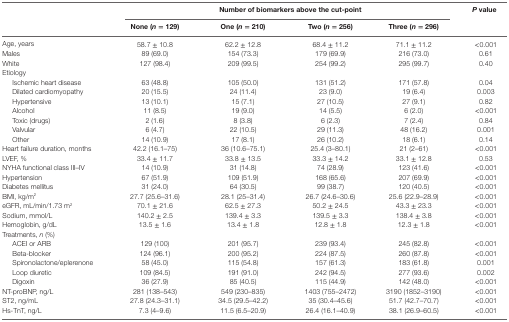
<table><thead><tr><td rowspan="2"></td><td colspan="4"><b>Number of biomarkers above the cut-point</b></td><td rowspan="2"><b><i>P</i> value</b></td></tr><tr><td><b>None (<i>n</i> = 129)</b></td><td><b>One (<i>n</i> = 210)</b></td><td><b>Two (<i>n</i> = 256)</b></td><td><b>Three (<i>n</i> = 296)</b></td></tr></thead><tbody><tr><td>Age, years</td><td>58.7 ± 10.8</td><td>62.2 ± 12.8</td><td>68.4 ± 11.2</td><td>71.1 ± 11.2</td><td>&lt;0.001</td></tr><tr><td>Males</td><td>89 (69.0)</td><td>154 (73.3)</td><td>179 (69.9)</td><td>216 (73.0)</td><td>0.61</td></tr><tr><td>White</td><td>127 (98.4)</td><td>209 (99.5)</td><td>254 (99.2)</td><td>295 (99.7)</td><td>0.40</td></tr><tr><td colspan="6">Etiology</td></tr><tr><td> Ischemic heart disease</td><td>63 (48.8)</td><td>105 (50.0)</td><td>131 (51.2)</td><td>171 (57.8)</td><td>0.04</td></tr><tr><td> Dilated cardiomyopathy</td><td>20 (15.5)</td><td>24 (11.4)</td><td>23 (9.0)</td><td>19 (6.4)</td><td>0.003</td></tr><tr><td> Hypertensive</td><td>13 (10.1)</td><td>15 (7.1)</td><td>27 (10.5)</td><td>27 (9.1)</td><td>0.82</td></tr><tr><td> Alcohol</td><td>11 (8.5)</td><td>19 (9.0)</td><td>14 (5.5)</td><td>6 (2.0)</td><td>&lt;0.001</td></tr><tr><td> Toxic (drugs)</td><td>2 (1.6)</td><td>8 (3.8)</td><td>6 (2.3)</td><td>7 (2.4)</td><td>0.84</td></tr><tr><td> Valvular</td><td>6 (4.7)</td><td>22 (10.5)</td><td>29 (11.3)</td><td>48 (16.2)</td><td>0.001</td></tr><tr><td> Other</td><td>14 (10.9)</td><td>17 (8.1)</td><td>26 (10.2)</td><td>18 (6.1)</td><td>0.14</td></tr><tr><td>Heart failure duration, months</td><td>42.2 (16.1–75)</td><td>36 (10.6–75.1)</td><td>25.4 (3–80.1)</td><td>21 (2–61)</td><td>&lt;0.001</td></tr><tr><td>LVEF, %</td><td>33.4 ± 11.7</td><td>33.8 ± 13.5</td><td>33.3 ± 14.2</td><td>33.1 ± 12.8</td><td>0.53</td></tr><tr><td>NYHA functional class III–IV</td><td>14 (10.9)</td><td>31 (14.8)</td><td>74 (28.9)</td><td>123 (41.6)</td><td>&lt;0.001</td></tr><tr><td>Hypertension</td><td>67 (51.9)</td><td>109 (51.9)</td><td>168 (65.6)</td><td>207 (69.9)</td><td>&lt;0.001</td></tr><tr><td>Diabetes mellitus</td><td>31 (24.0)</td><td>64 (30.5)</td><td>99 (38.7)</td><td>120 (40.5)</td><td>&lt;0.001</td></tr><tr><td>BMI, kg/m<sup>2</sup></td><td>27.7 (25.6–31.6)</td><td>28.1 (25–31.4)</td><td>26.7 (24.6–30.6)</td><td>25.6 (22.9–28.9)</td><td>&lt;0.001</td></tr><tr><td>eGFR, mL/min/1.73 m<sup>2</sup></td><td>70.1 ± 21.6</td><td>62.5 ± 27.3</td><td>50.2 ± 24.5</td><td>43.3 ± 23.3</td><td>&lt;0.001</td></tr><tr><td>Sodium, mmol/L</td><td>140.2 ± 2.5</td><td>139.4 ± 3.3</td><td>139.5 ± 3.3</td><td>138.4 ± 3.8</td><td>&lt;0.001</td></tr><tr><td>Hemoglobin, g/dL</td><td>13.5 ± 1.6</td><td>13.4 ± 1.8</td><td>12.8 ± 1.8</td><td>12.3 ± 1.8</td><td>&lt;0.001</td></tr><tr><td colspan="6">Treatments, <i>n</i> (%)</td></tr><tr><td> ACEI or ARB</td><td>129 (100)</td><td>201 (95.7)</td><td>239 (93.4)</td><td>245 (82.8)</td><td>&lt;0.001</td></tr><tr><td> Beta-blocker</td><td>124 (96.1)</td><td>200 (95.2)</td><td>224 (87.5)</td><td>260 (87.8)</td><td>&lt;0.001</td></tr><tr><td> Spironolactone/eplerenone</td><td>58 (45.0)</td><td>115 (54.8)</td><td>157 (61.3)</td><td>183 (61.8)</td><td>0.001</td></tr><tr><td> Loop diuretic</td><td>109 (84.5)</td><td>191 (91.0)</td><td>242 (94.5)</td><td>277 (93.6)</td><td>0.002</td></tr><tr><td> Digoxin</td><td>36 (27.9)</td><td>85 (40.5)</td><td>115 (44.9)</td><td>142 (48.0)</td><td>&lt;0.001</td></tr><tr><td>NT-proBNP, ng/L</td><td>281 (138–543)</td><td>549 (230–835)</td><td>1403 (755–2472)</td><td>3190 (1852–3190)</td><td>&lt;0.001</td></tr><tr><td>ST2, ng/mL</td><td>27.8 (24.3–31.1)</td><td>34.5 (29.5–42.2)</td><td>35 (30.4–45.6)</td><td>51.7 (42.7–70.7)</td><td>&lt;0.001</td></tr><tr><td>Hs-TnT, ng/L</td><td>7.3 (4–9.6)</td><td>11.5 (6.5–20.9)</td><td>26.4 (16.1–40.9)</td><td>38.1 (26.9–60.5)</td><td>&lt;0.001</td></tr></tbody></table>